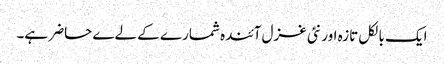
ایک بالکل تازہ اور نئی غزل آئندہ شمارے کے لےے حاضر ہے۔